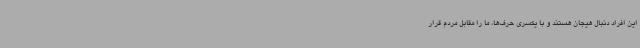
این افراد دنبال هیجان هستند و با یکسری حرف‌ها، ما را مقابل مردم قرار